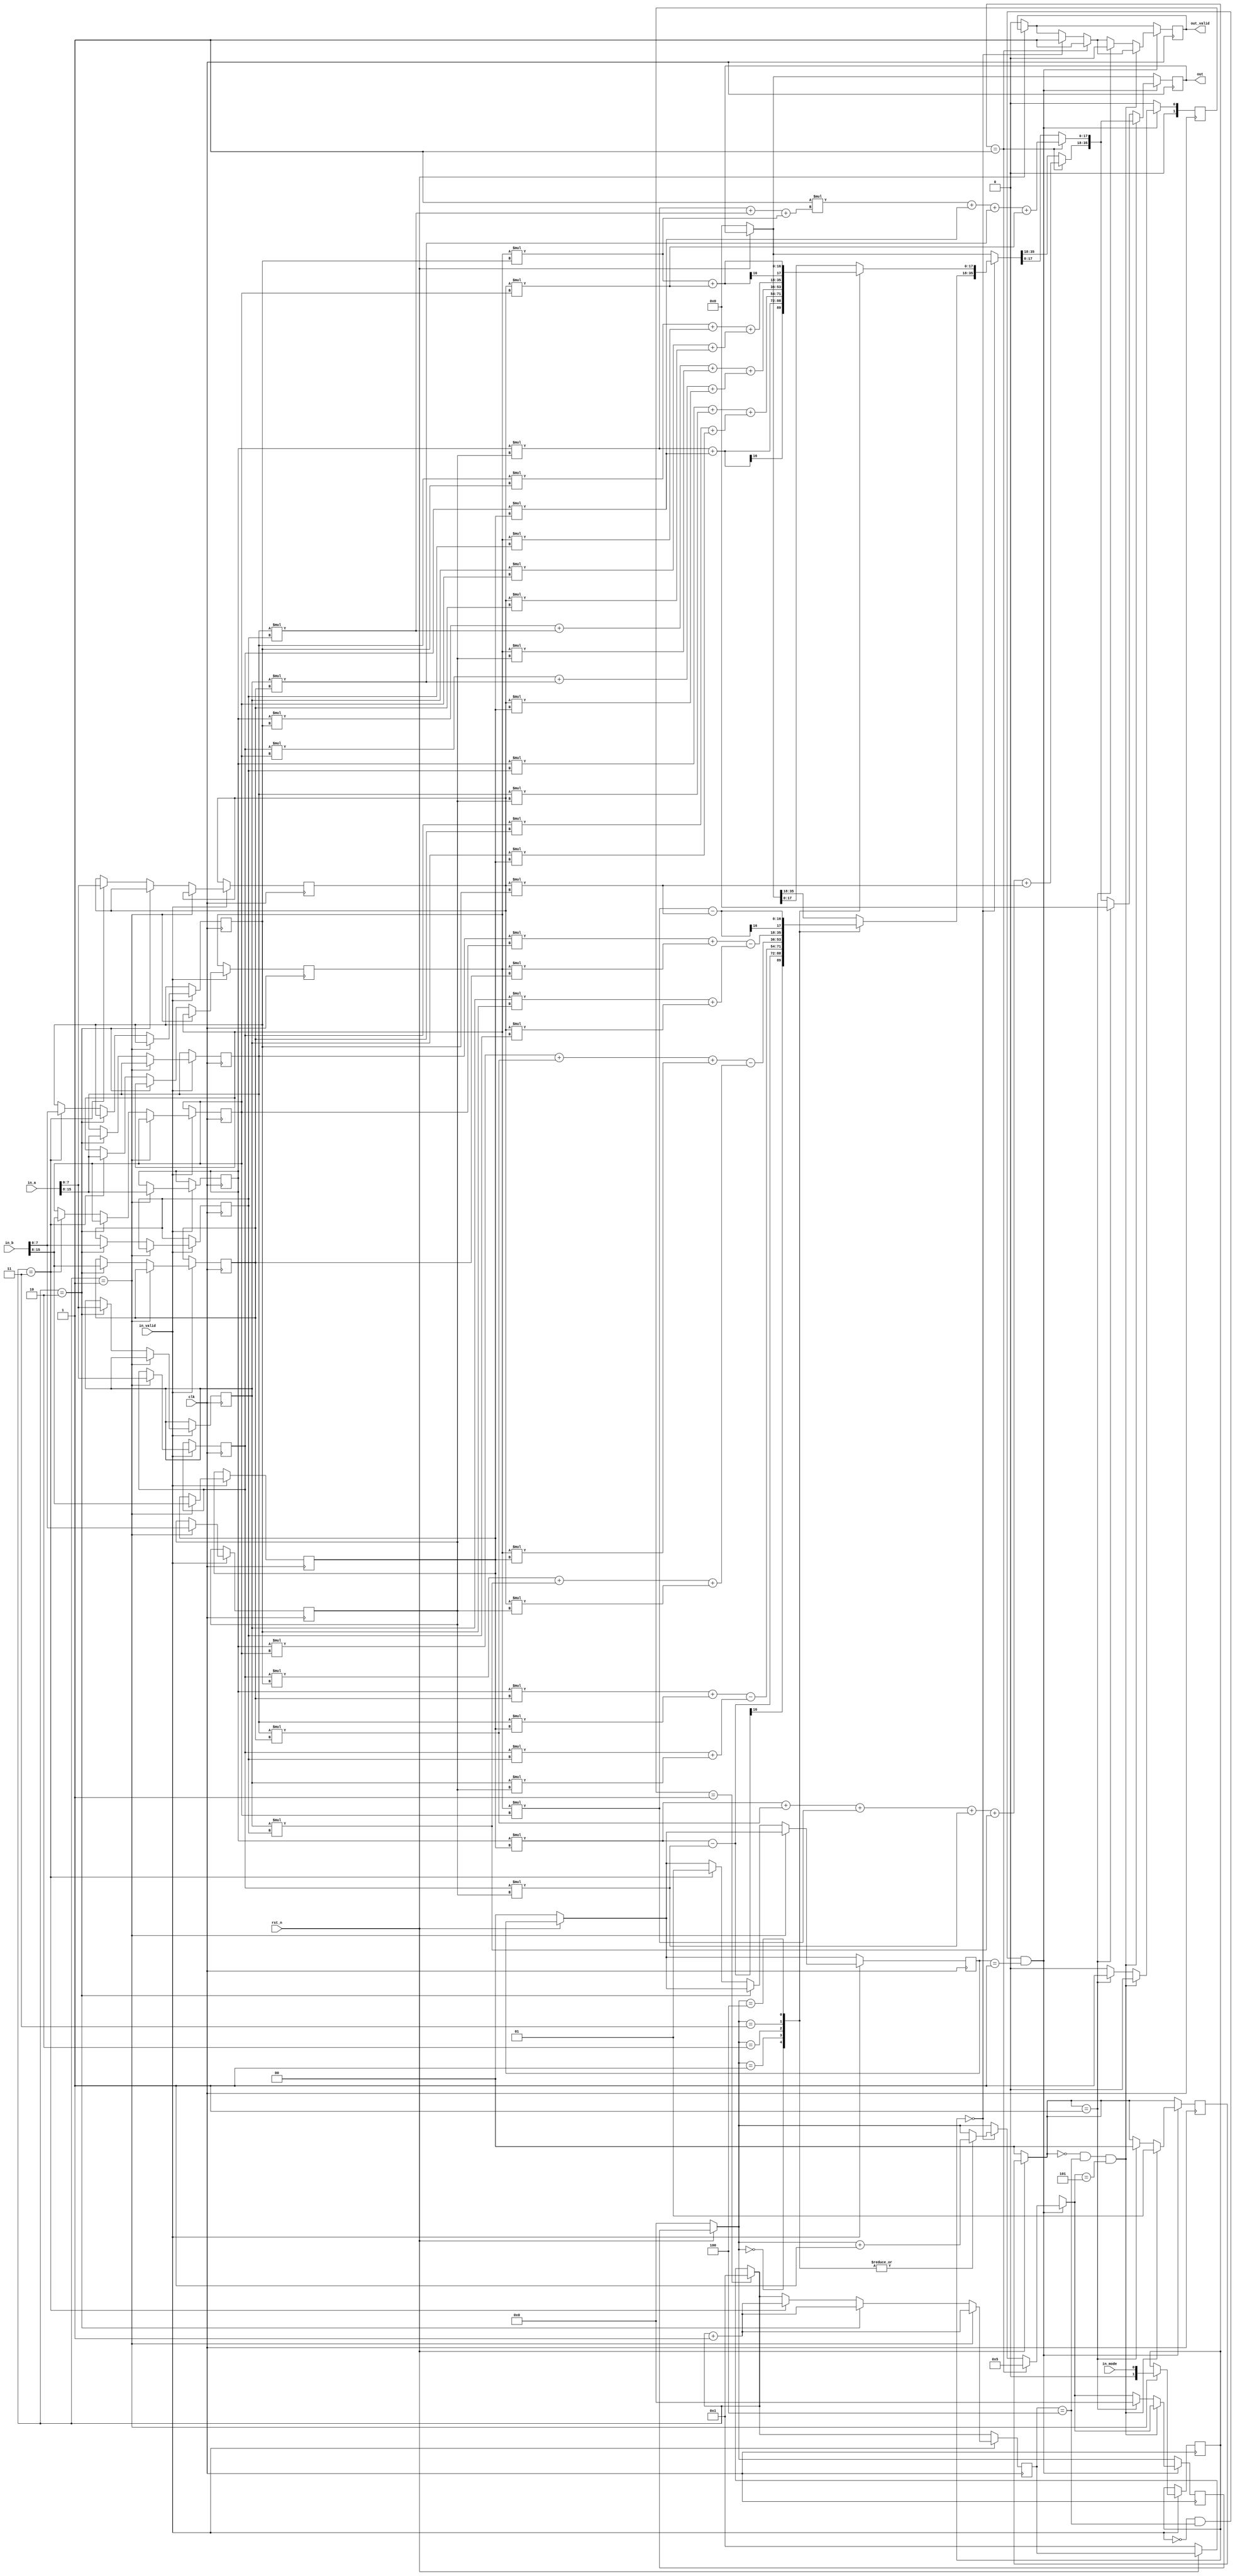
module CONVCOR(	
	clk, 
	rst_n, 
	in_valid, 
	in_a,
	in_b,
	in_mode,	
	out_valid, 
	out
);
				
//---------------------------------
//  input and output declaration
//---------------------------------  

input              clk;
input              rst_n;
input              in_valid;
input 	[15:0]     in_a;
input 	[15:0]     in_b;
input 	           in_mode;
output  reg        out_valid;
output  reg [35:0] out;


//----------------------------------
// reg and wire declaration
//--------------------------------- 
reg signed [7:0]ar1,ar2,ar3,ai1,ai2,ai3,br1,br2,br3,bi1,bi2,bi3;
reg [1:0]inmode,k,j,ali;
reg [4:0]run,count,tmp;
reg signed [15:0]abc,nba;
reg signed [15:0]a1,a2,a3,b1,b2,b3;

always@(posedge clk)
	begin
	if(~rst_n)
	  begin
		a1=0;
		a2=0;
		a3=0;
		b1=0;
		b2=0;
		b3=0;
		k=0;
		tmp=1;
	  end
	if(ali==1)
	  begin
		tmp=1;
	  end
	if(in_valid==1)
	  begin 
		if(tmp==1)
		  begin 
			a1=in_a;
			b1=in_b;
			ar1=a1[15:8];
			ai1=a1[7:0];
			br1=b1[15:8];
			bi1=b1[7:0];
			tmp=tmp+1;
			inmode=in_mode;
		  end
		else if(tmp==2)
		  begin 
			a2=in_a;
			b2=in_b;
			ar2=a2[15:8];
			ai2=a2[7:0];
			br2=b2[15:8];
			bi2=b2[7:0];
			tmp=tmp+1;
		  end
		else if(tmp==3) 
		  begin 
			a3=in_a;
			b3=in_b;
			ar3=a3[15:8];
			ai3=a3[7:0];
			br3=b3[15:8];
			bi3=b3[7:0];
			tmp=tmp+1;
			k=1;
		  end
	  end
	end	
always@(posedge clk)
	begin
	if(~rst_n)
	  begin
		out=0;
		out_valid=0;
		run=0;
		j=0;
		ali=0;
	  end
	ali=0;
	if(in_valid==0&&tmp==4&&k==1)
		  begin
			if(inmode==1)
			  begin
				out_valid=1;
				out[35:18]=(ar1*br1+ar2*br2+ar3*br3+ai1*bi1+ai2*bi2+ai3*bi3);
				out[17:0]=(((-1)*(ar1*bi1+ar2*bi2+ar3*bi3))+ai1*br1+ai2*br2+ai3*br3);
				run=5;
			  end
			else if(inmode==0)
			  begin
				ali=0;
				out_valid=1;
				case(run)
				0:  
					begin
					out[35:18]=(ar1*br1)-(ai1*bi1);
					out[17:0]=((ar1*bi1)+(ai1*br1));
					run=run+1;
					end
				1:  
					begin
					out[35:18]=((ar1*br2+ar2*br1)-(ai1*bi2+ai2*bi1));
					out[17:0]=((ar1*bi2+ar2*bi1)+(ai1*br2+ai2*br1));
					run=run+1;
					end
				2:  
					begin
					out[35:18]=((ar1*br3+ar2*br2+ar3*br1)-(ai1*bi3+ai2*bi2+ai3*bi1));
					out[17:0]=((ar1*bi3+ar2*bi2+ar3*bi1)+(ai1*br3+ai2*br2+ai3*br1));
					run=run+1;
					end
				3:  	
					begin
					out[35:18]=((ar2*br3+ar3*br2)-(ai2*bi3+ai3*bi2));
					out[17:0]=((ar2*bi3+ar3*bi2)+(ai2*br3+ai3*br2));
					run=run+1;
					end
				4:  
					begin
					out[35:18]=((ar3*br3)-(ai3*bi3));
					out[17:0]=((ar3*bi3)+(ai3*br3));
					run=run+1;
					end
				endcase
			  end
			if(j==0&&tmp==4&&run==5)
				j=1;			
			else if(j==1)
		 	 begin
				out_valid=0;
				out=0;
				run=0;
				ali=1;
				j=0;
		  	end
		  end
	end
	
 
 //----------------------------------
//
//         My design
//
//----------------------------------


endmodule